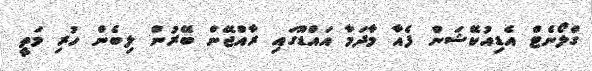
ގްލޯނެޓް އެޑިއުކޭޝަން ފެއާ މާދަމާ އައްޑޫގައި ރާއްޖޭން ބޭރުން ލިބެން ހުރި މަތީ